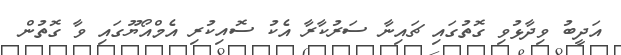
އަދީބު ވިދާޅުވި ގޮތުގައި ޗައިނާ ސަރުކާރާ އެކު ސޮއިކުރި އެމްއޯޔޫގައި ވާ ގޮތުން